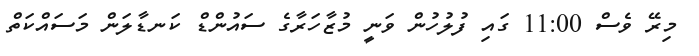
މިރޭ ވެސް 11:00 ގައި ފުލުހުން ވަނީ މުޒާހަރާގެ ސައުންޑް ކަނޑާލަން މަސައްކަތް